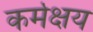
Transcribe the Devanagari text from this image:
कर्मक्षय